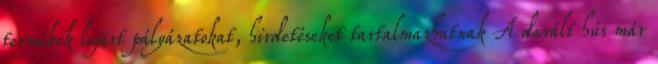
termékek lejárt pályázatokat, hirdetéseket tartalmazhatnak A darált hús már